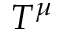
T ^ { \mu }